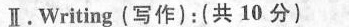
II.Writing (写作)：（共10分）